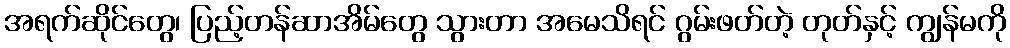
အရက်ဆိုင်တွေ၊ ပြည့်တန်ဆာအိမ်တွေ သွားတာ အမေသိရင် ဂွမ်းဖတ်တဲ့ တုတ်နှင့် ကျွန်မကို